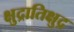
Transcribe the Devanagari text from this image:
क्षुद्रातिक्षुद्र